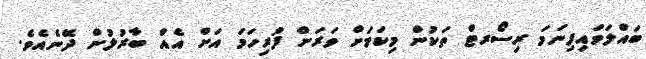
ބައްލަވައިފިނަމަ ރިސޯރޓް ތަކުން މިކަމަށް ވަރަށް ފުރިހަމަ އަށް އެއް ބާރުލުން ދޭނެއެވެ.